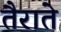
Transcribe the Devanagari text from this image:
तैराते